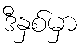
ဒီနှစ်မှာ